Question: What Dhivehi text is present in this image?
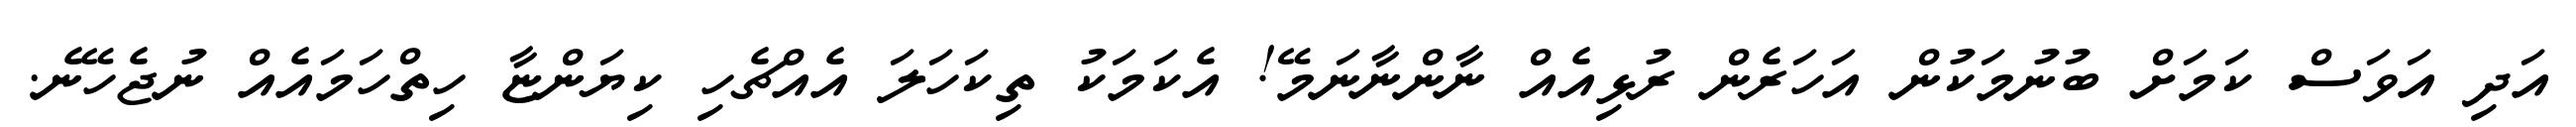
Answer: އަދި އަވަސް ކަމަށް ބުނުމަކުން އަހަރެން ރުޅިއެއް ނާންނާނަމޭ! އެކަމަކު ތިކަހަލަ އެއްޗެހި ކިޔަންޏާ ހިތްހަމައެއް ނުޖެހޭނެ.